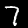
Label: 7